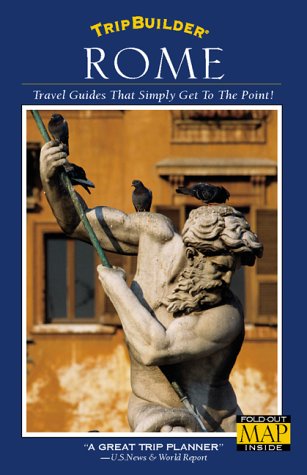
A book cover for TripBuilder: Rome; TripBuilder Staff; Travel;